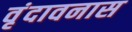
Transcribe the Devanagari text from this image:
वृंदावनास